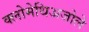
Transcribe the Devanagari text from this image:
क्लोमेथिअजोले